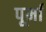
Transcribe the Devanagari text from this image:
पूर्मा